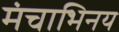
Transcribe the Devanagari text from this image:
मंचाभिनय